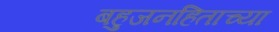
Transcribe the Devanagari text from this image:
बहुजनहिताच्या